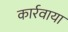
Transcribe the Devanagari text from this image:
कार्रवाया